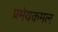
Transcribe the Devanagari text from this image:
प्रमेयकमल